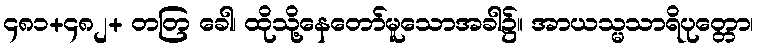
၄၈၁+၄၈၂+ တတြ ခေါ၊ ထိုသို့နေတော်မူသောအခါ၌။ အာယသ္မသာရိပုတ္တော၊